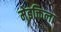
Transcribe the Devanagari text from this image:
मेइक्तिला